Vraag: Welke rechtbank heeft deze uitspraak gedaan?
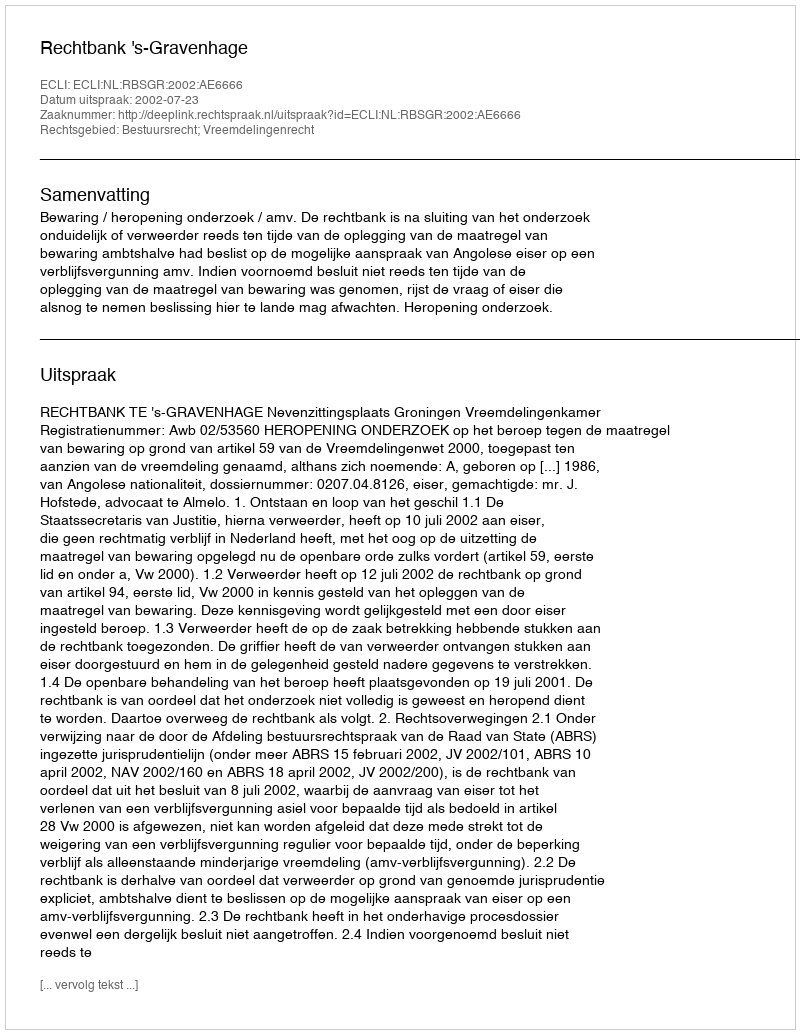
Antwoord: Rechtbank 's-Gravenhage